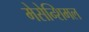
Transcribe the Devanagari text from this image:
मेसेन्शिमल